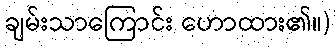
ချမ်းသာကြောင်း ဟောထား၏။)